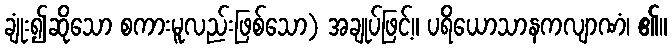
ချုံး၍ဆိုသော စကားမူလည်းဖြစ်သော) အချုပ်ဖြင့်။ ပရိယောသာနကလျာဏံ၊ ၏။